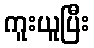
ကူးယူပြီး